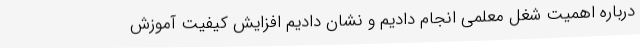
درباره اهمیت شغل معلمی انجام دادیم و نشان دادیم افزایش کیفیت آموزش